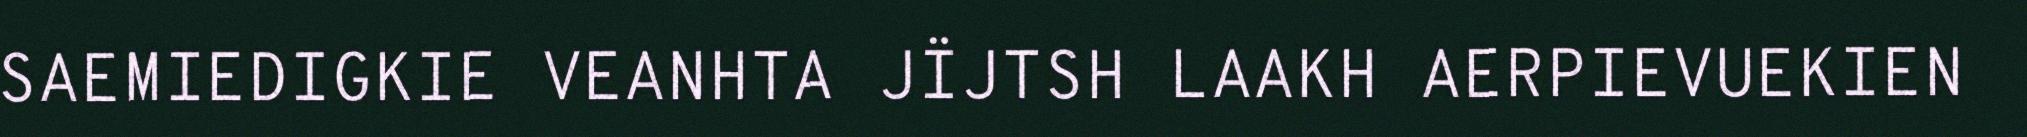
SAEMIEDIGKIE VEANHTA JÏJTSH LAAKH AERPIEVUEKIEN